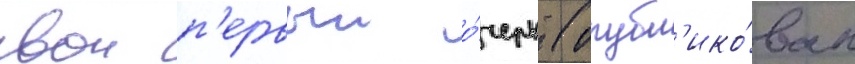
свои п'ервыи о́черк (опубл'ико́ван